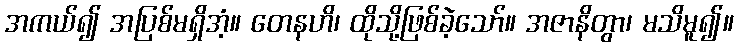
အကယ်၍ အပြစ်မရှိအံ့။ တေနဟိ၊ ထိုသို့ဖြစ်ခဲ့သော်။ အဇာနိတွာ၊ မသိမူ၍။